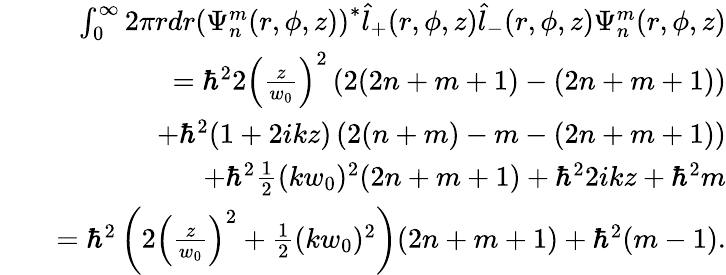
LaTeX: \begin{array}{rlr}&{}&{\int_{0}^{\infty}2\pi rdr\left(\Psi_{n}^{m}(r,\phi,z)\right)^{*}\hat{l}_{+}(r,\phi,z)\hat{l}_{-}(r,\phi,z)\Psi_{n}^{m}(r,\phi,z)}\\ &{}&{=\hbar^{2}2\left(\frac{z}{w_{0}}\right)^{2}\left(2(2n+m+1)-(2n+m+1)\right)}\\ &{}&{+\hbar^{2}(1+2ikz)\left(2(n+m)-m-(2n+m+1)\right)}\\ &{}&{+\hbar^{2}\frac{1}{2}(kw_{0})^{2}(2n+m+1)+\hbar^{2}2ikz+\hbar^{2}m}\\ &{}&{=\hbar^{2}\left(2\left(\frac{z}{w_{0}}\right)^{2}+\frac{1}{2}(kw_{0})^{2}\right)(2n+m+1)+\hbar^{2}(m-1).}\end{array}